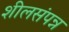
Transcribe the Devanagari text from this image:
शीलसंपन्न